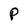
Character: p